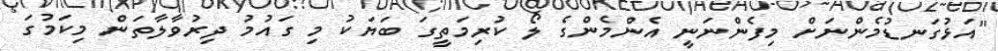
"އަޅުގަނޑުމެންނަށް މިފެންނަނީ އެންމެންގެ ލޯ ކުރިމަތީގަ ބަޔަކު މި ގައުމު ދިރުވާލާތަން މިކަމުގަ